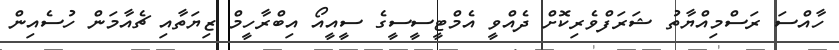
ހާއްސަ ރަސްމިއްޔާތު ޝަރަފްވެރިކޮށް ދެއްވީ އެމްޓީސީސީގެ ސީއީއޯ އިބްރާހީމް ޒިޔަތާއި ޗެއާމަން ހުސެއިން